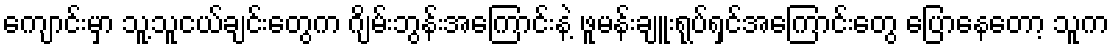
ကျောင်းမှာ သူ့သူငယ်ချင်းတွေက ဂျိမ်းဘွန်းအကြောင်းနဲ့ ဖူမန်းချူးရုပ်ရှင်အကြောင်းတွေ ပြောနေတော့ သူက